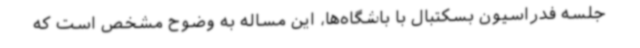
جلسه فدراسیون بسکتبال با باشگاه‌ها، این مساله به وضوح مشخص است که